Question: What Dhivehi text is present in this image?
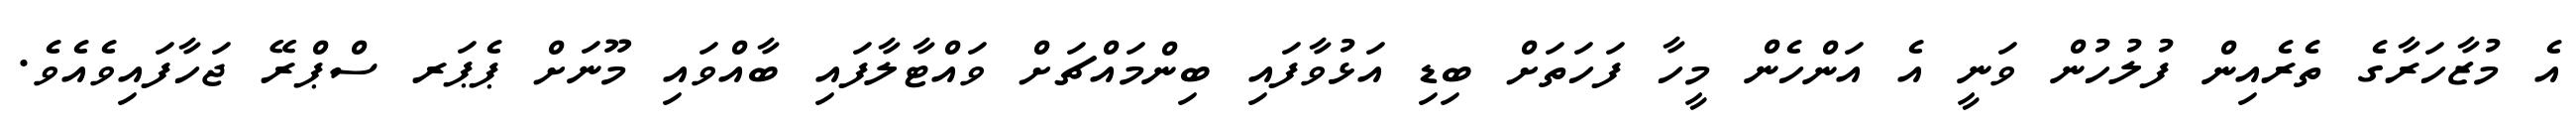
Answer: އެ މުޒާހަރާގެ ތެރެއިން ފުލުހުން ވަނީ އެ އަންހެން މީހާ ފަހަތަށް ބިޑި އަޅުވާފައި ބިންމައްޗަށް ވައްޓާލާފައި ބާއްވައި މޫނަށް ޕެޕަރ ސްޕްރޭ ޖަހާފައިވެއެވެ.